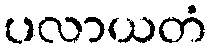
ပလာယတံ